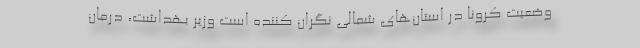
وضعیت کرونا در استان‌های شمالی نگران کننده است وزیر بهداشت، درمان